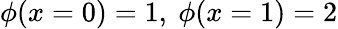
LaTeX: \phi(x=0)=1,~\phi(x=1)=2